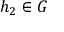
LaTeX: h _ { 2 } \in G